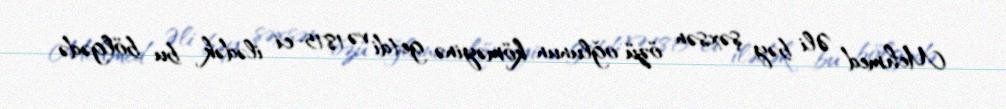
Mehmed Əli bəy şəxsən özü oğlunun köməyinə getdi və 1815-ci ilədək bu bölgədə